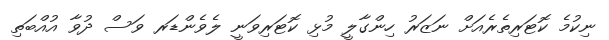
ނިކުމެ ކޮޓަރިތެރެއަށް ނަޒަރު ހިންގާލީ މުޅި ކޮޓަރިވަނީ ލެވެންޑަރ ވަސް ދުވާ އުއްބަތި